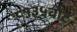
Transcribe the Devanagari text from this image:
८१३५वोट